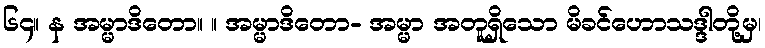
၆၄။ န အမ္မာဒိတော။ ။ အမ္မာဒိတော- အမ္မာ အတူရှိသော မိခင်ဟောသဒ္ဒါတို့မှ၊